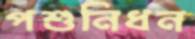
পশুনিধন